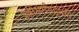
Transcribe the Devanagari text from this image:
स्त्रीधर्मपद्धति